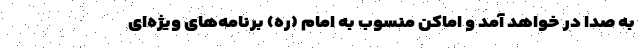
به صدا در خواهد آمد و اماکن منسوب به امام (ره) برنامه‌های ویژه‌ای